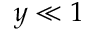
y \ll 1